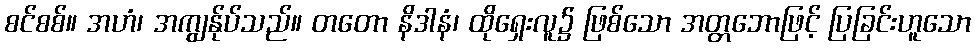
စင်စစ်။ အဟံ၊ အကျွန်ုပ်သည်။ တတော နိဒါနံ၊ ထိုရှေးလူ၌ ဖြစ်သော အတ္တဘောဖြင့် ပြခြင်းဟူသော